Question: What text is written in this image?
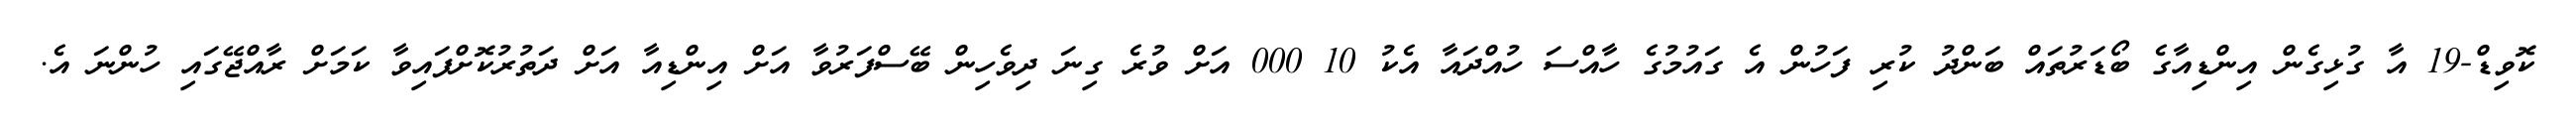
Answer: ކޮވިޑް-19 އާ ގުޅިގެން އިންޑިއާގެ ބޯޑަރުތައް ބަންދު ކުރި ފަހުން އެ ގައުމުގެ ހާއްސަ ހުއްދައާ އެކު 10 000 އަށް ވުރެ ގިނަ ދިވެހިން ބޭސްފަރުވާ އަށް އިންޑިއާ އަށް ދަތުރުކޮށްފައިވާ ކަމަށް ރާއްޖޭގައި ހުންނަ އެ.